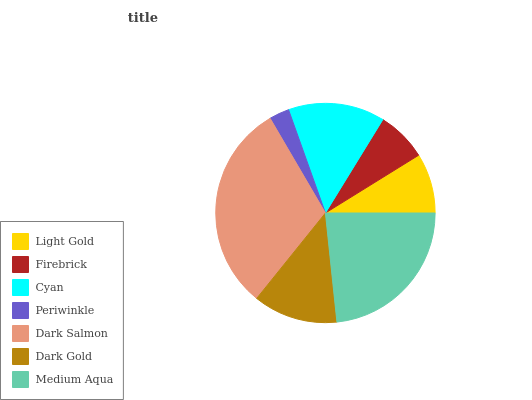
| Light Gold | Firebrick | Cyan | Periwinkle | Dark Salmon | Dark Gold | Medium Aqua |
 | --- | --- | --- | --- | --- | --- | --- |
 | 8.82% | 7.39% | 14.2% | 2.96% | 30.8% | 12.4% | 23.4% |